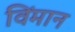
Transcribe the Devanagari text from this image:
विंमान